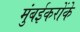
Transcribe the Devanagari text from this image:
मुंबईकरोंके